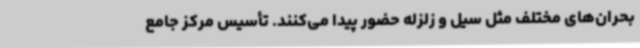
بحران‌های مختلف مثل سیل و زلزله حضور پیدا می‌کنند. تأسیس مرکز جامع